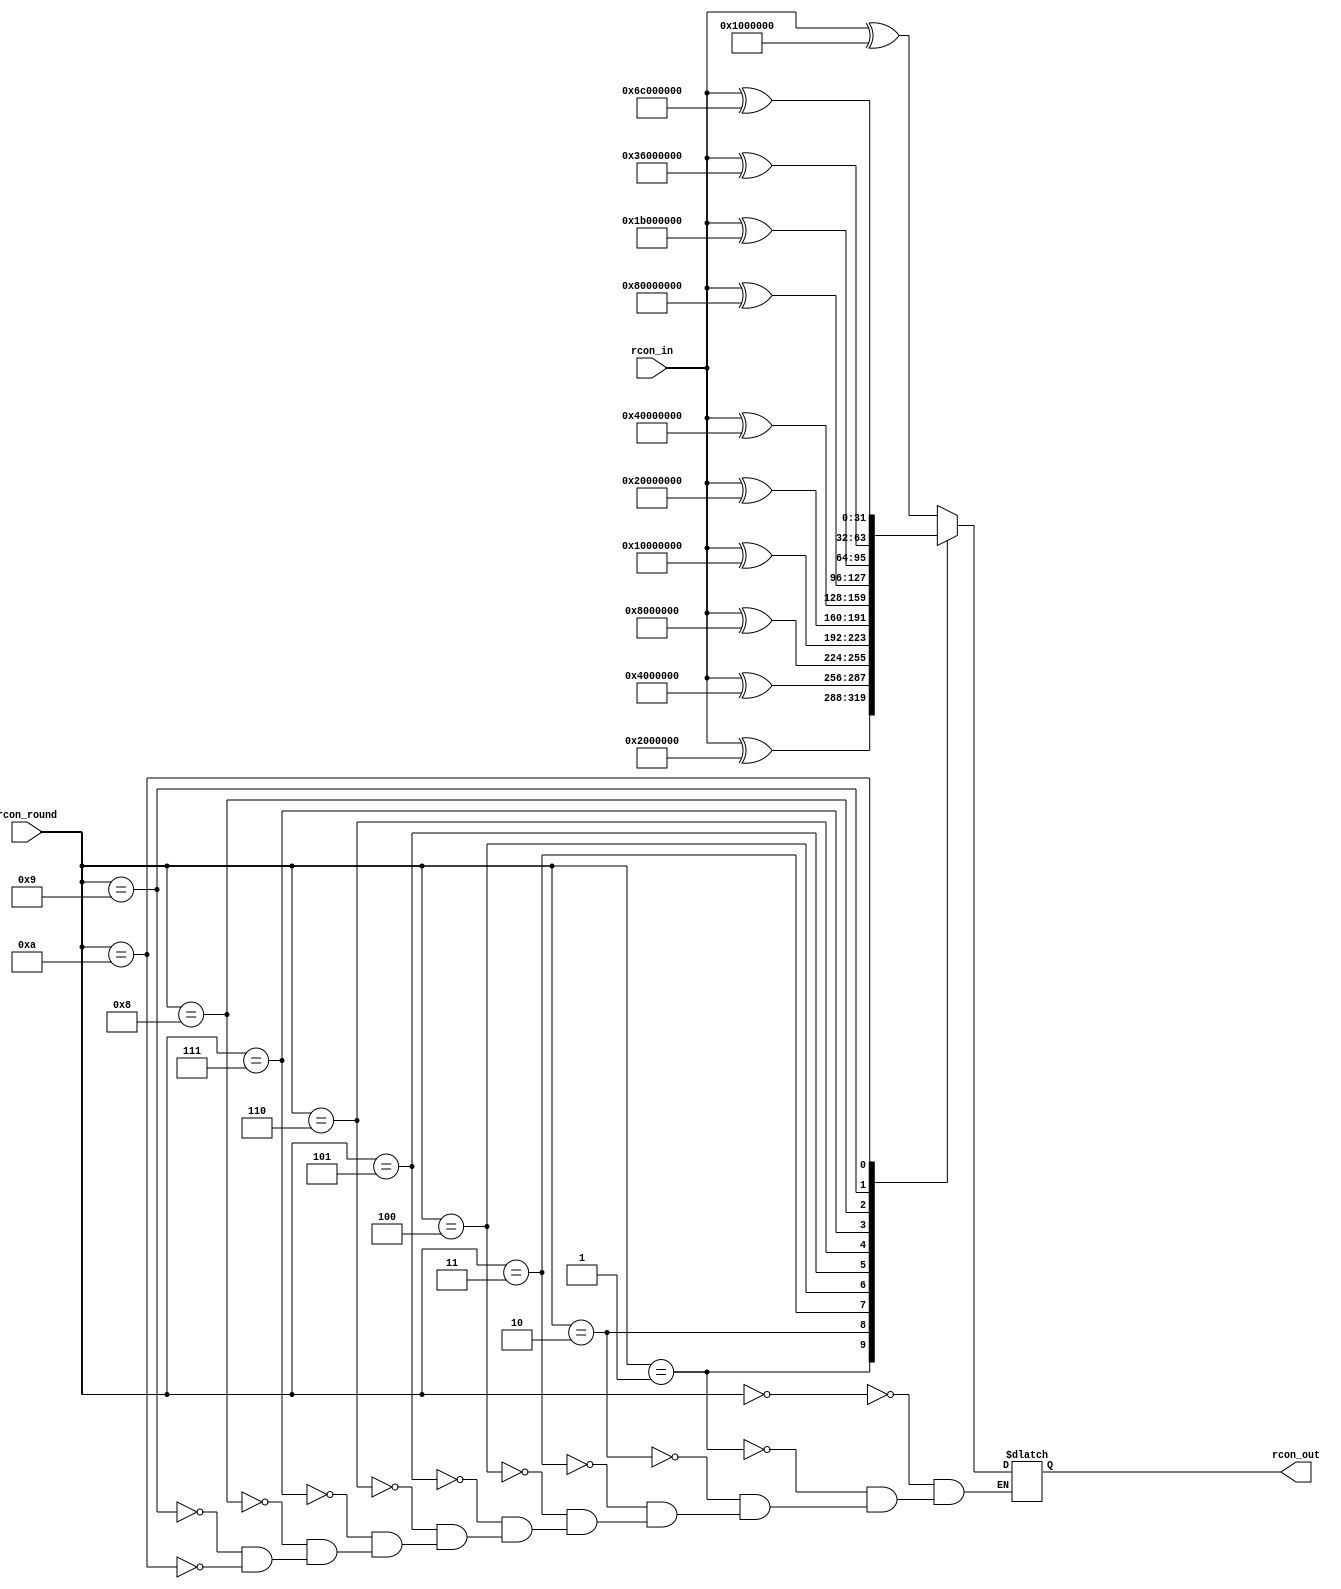
`timescale 1ns / 1ps
//////////////////////////////////////////////////////////////////////////////////
// Company: 
// Engineer: 
// 
// Design Name: 
// Module Name:    rcon 
// Project Name: 
// Target Devices: 
// Tool versions: 
// Description: 
//
// Dependencies: 
//
// Revision: 
// Revision 0.01 - File Created
// Additional Comments: 
//
//////////////////////////////////////////////////////////////////////////////////
module rcon(
    input [31:0] rcon_in,
    input [3:0] rcon_round,
    output reg [31:0] rcon_out
    );
	 
//wire [31:0]temp;

//request request1(
//	.in2(rin[31:0]),
//	.out2(temp[31:0])
//);

always@(rcon_in)
begin
case(rcon_round)
4'd0:rcon_out=rcon_in^32'h01000000;
4'd1:rcon_out=rcon_in^32'h02000000;
4'd2:rcon_out=rcon_in^32'h04000000;
4'd3:rcon_out=rcon_in^32'h08000000;
4'd4:rcon_out=rcon_in^32'h10000000;
4'd5:rcon_out=rcon_in^32'h20000000;
4'd6:rcon_out=rcon_in^32'h40000000;
4'd7:rcon_out=rcon_in^32'h80000000;
4'd8:rcon_out=rcon_in^32'h1B000000;
4'd9:rcon_out=rcon_in^32'h36000000;
4'd10:rcon_out=rcon_in^32'h6C000000;
endcase
end

endmodule